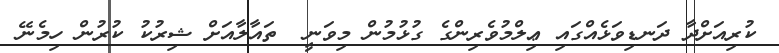
ކުރިއަށްދާ ދަނޑިވަޅެއްގައި ޢިލްމުވެރިންގެ ގުޅުމުން މިވަނީ  ތައާލާއަށް ޝިރުކު ކުރުން ހިމެނޭ